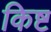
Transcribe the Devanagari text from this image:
किष्ट